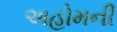
અહોમની